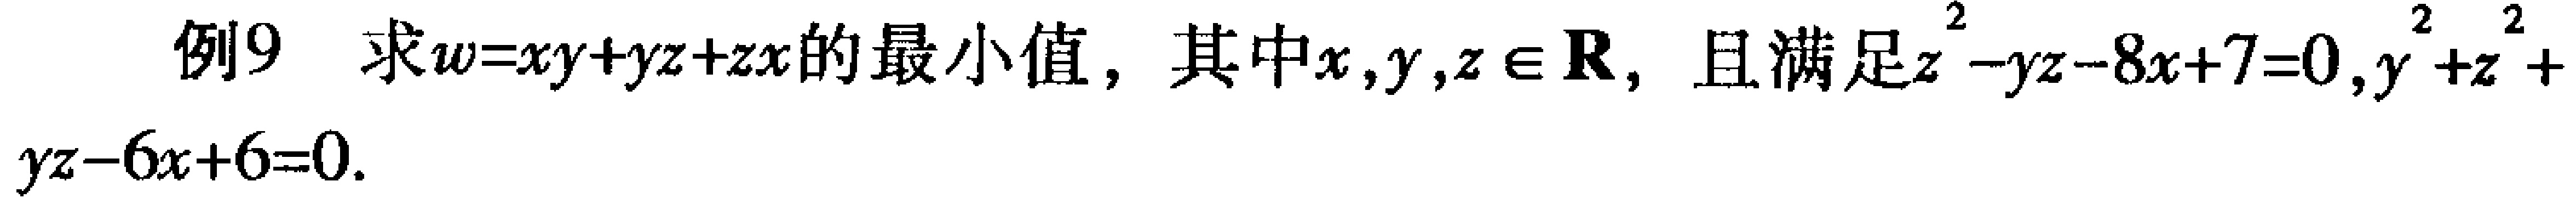
例9 求\(w = xy + yz + zx\)的最小值，其中\(x,y,z\in\mathbf{R}\)，且满足\(z^{2}-yz - 8x + 7 = 0\)，\(y^{2}+z^{2}+yz - 6x + 6 = 0\)。